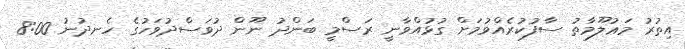
އިތުރު މަޢުލޫމާތު ސާފުކުރެއްވުމަށް ގުޅުއްވާނީ ރަސްމީ ބަންދު ނޫން ދުވަސްދުވަހުގެ ހެނދުނު 8:00